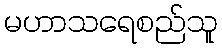
မဟာသရေစည်သူ